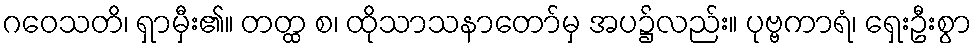
ဂဝေသတိ၊ ရှာမှီး၏။ တတ္ထ စ၊ ထိုသာသနာတော်မှ အပ၌လည်း။ ပုဗ္ဗကာရံ၊ ရှေးဦးစွာ